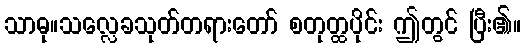
သာဓု။သလ္လေခသုတ်တရားတော် စတုတ္ထပိုင်း ဤတွင် ပြီး၏။